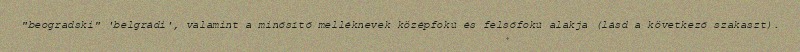
"beogradski" 'belgrádi', valamint a minősítő melléknevek középfokú és felsőfokú alakja (lásd a következő szakaszt).